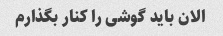
الان باید گوشی را کنار بگذارم